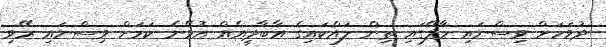
ދުވަހަށް ވިސްނައި މާލޭގައި ތިން ލައްކައިގެ އާބާދީއެއް އުޅޭނެ ކަމަށް ވިސްނައި ރޭވި